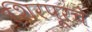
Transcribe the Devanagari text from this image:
शिरपूरचे